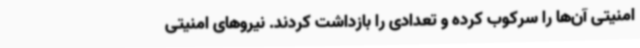
امنیتی آن‌ها را سرکوب کرده و تعدادی را بازداشت کردند. نیروهای امنیتی